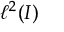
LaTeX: \ell ^ { 2 } ( I )